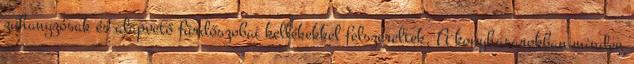
zuhanyzósak és alapvető fürdőszobai kellékekkel felszereltek. A konyhasarokban minden